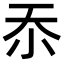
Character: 𭕇